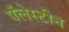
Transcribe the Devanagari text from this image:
पॅलेस्टीन